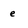
Character: e